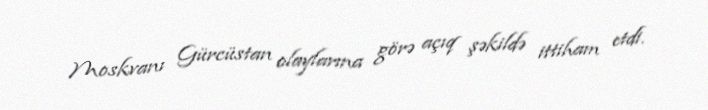
Moskvanı Gürcüstan olaylarına görə açıq şəkildə ittiham etdi.